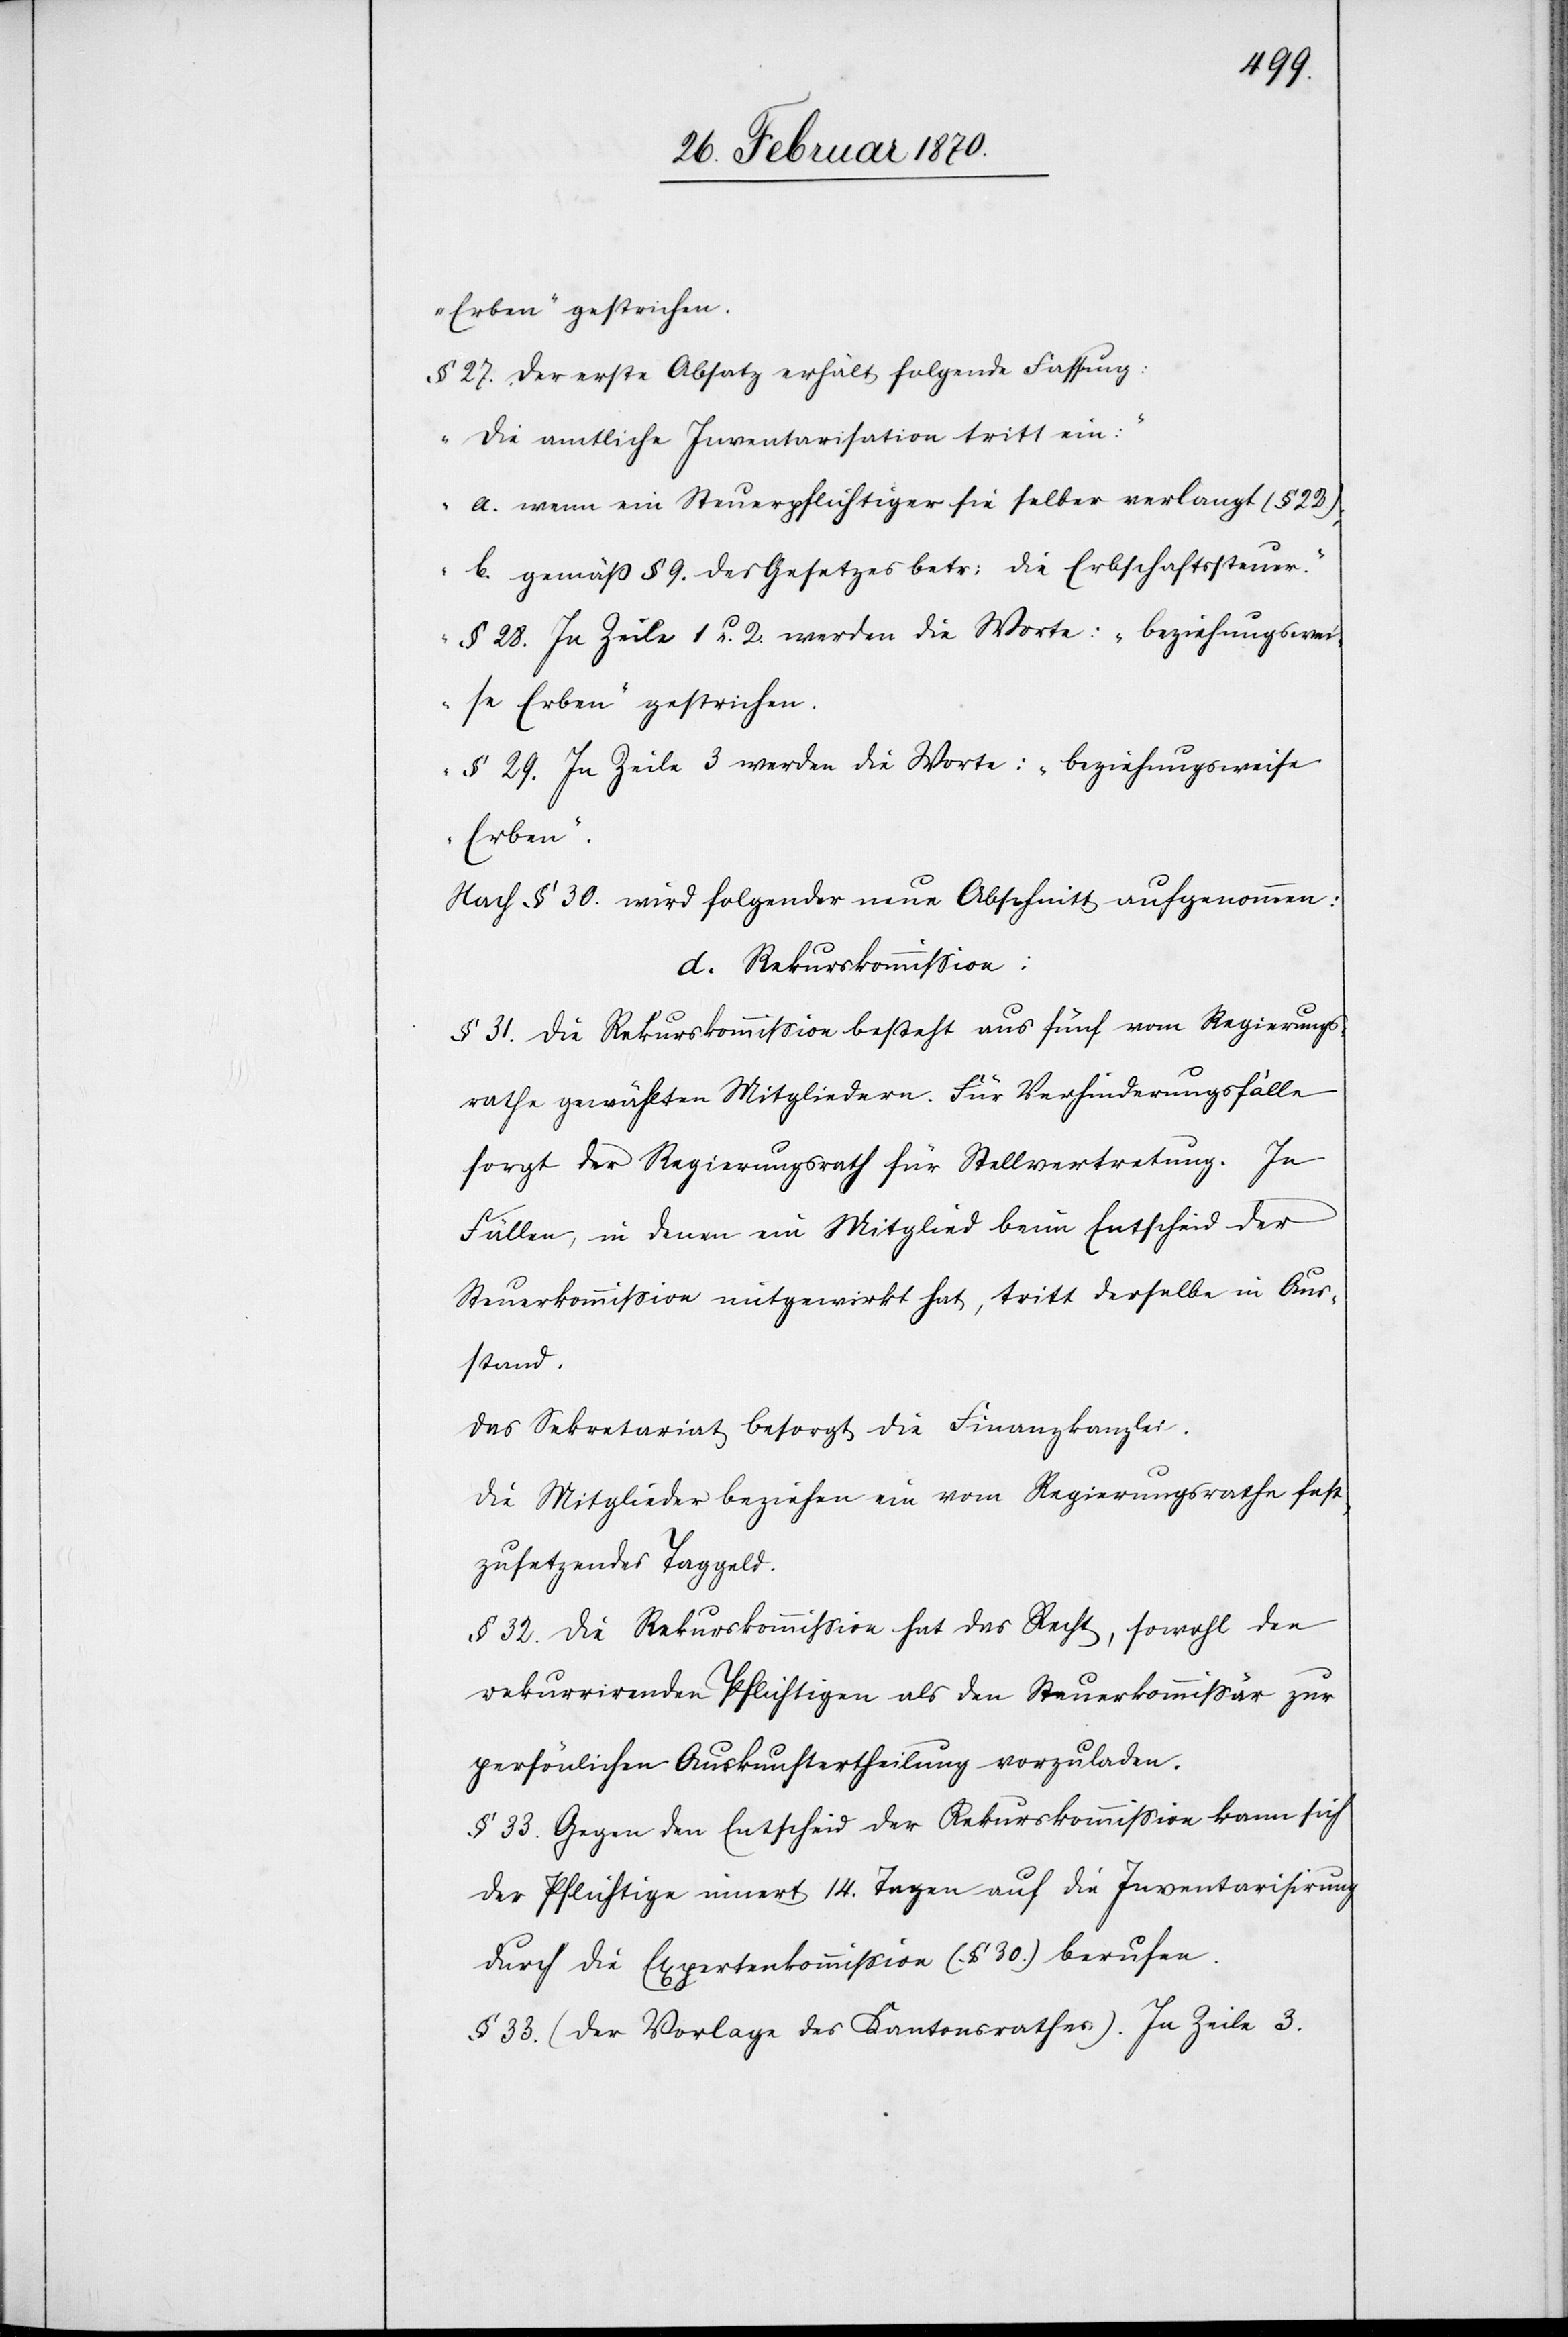
Erben“ gestrichen.
§ 27. Der erste Absatz erhält folgende Fassung:
„Die amtliche Inventarisation tritt ein:
a. wenn ein Steuerpflichtiger sie selber verlangt (§ 22);
b. gemäß § 9. des Gesetzes betr: die Erbschaftssteuer.“
§ 28. In Zeile 1 u. 2. werden die Worte: „beziehungswei¬
se Erben“ gestrichen.
§ 29. In Zeile 3 werden die Worte: „beziehungsweise
Erben“.
Nach § 30. wird folgender neue Abschnitt aufgenommen:
d. Rekurskommißion:
§ 31. Die Rekurskommißion besteht aus fünf vom Regierung¬
srathe gewählten Mitgliedern. Für Verhinderungsfälle
sorgt der Regierungsrath für Stellvertretung. In
Fällen, in denen ein Mitglied beim Entscheid der
Steuerkommißion mitgewirkt hat, tritt derselbe in Aus¬
stand.
Das Sekretariat besorgt die Finanzkanzlei.
Die Mitglieder beziehen ein vom Regierungsrathe fest¬
zusetzendes Taggeld.
§ 32. Die Rekurskommißion hat das Recht, sowohl den
rekurrirenden Pflichtigen als den Steuerkommißär zur
persönlichen Auskunftertheilung vorzuladen.
§ 33. Gegen den Entscheid der Rekurskommißion kann sich
der Pflichtige innert 14. Tagen auf die Inventarisirung
durch die Expertenkommißion (§ 30.) berufen.
§ 33. (der Vorlage des Kantonsrathes). In Zeile 3.